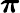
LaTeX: \boldsymbol{\pi}